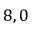
8 , 0